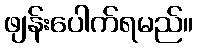
ဖျန်းပေါက်ရမည်။